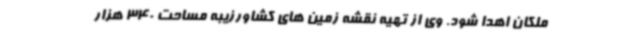
ملکان اهدا شود. وی از تهیه نقشه زمین های کشاورزیبه مساحت 340 هزار